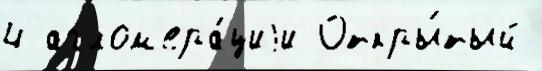
4 аглом'ера́циjи Откры́тый